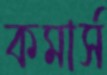
কমার্স